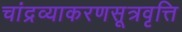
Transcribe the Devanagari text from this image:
चांद्रव्याकरणसूत्रवृत्ति